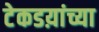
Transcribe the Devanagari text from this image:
टेकडय़ांच्या